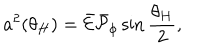
LaTeX: a ^ { 2 } ( \theta _ { H } ) = \bar { \cal E } \bar { \cal P } _ { \phi } \sin { \frac { \theta _ { H } } { 2 } } ,